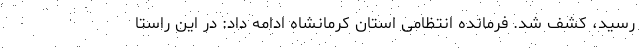
رسید، کشف شد. فرمانده انتظامی استان کرمانشاه ادامه داد: در این راستا